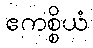
ဧကစ္စိယံ